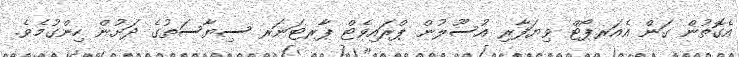
އެގޮތުން ގަން އެއަރޕޯޓް ވިޔަފާރި އުސޫލުން ޕްރައިވެޓް ޕާރޓަނަރ ސިޔާސަތުގެ ދަށުން ހިންގުމެވެ.